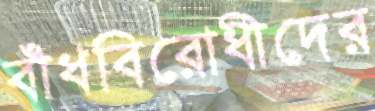
বাঁধবিরোধীদের